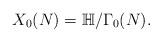
LaTeX: \begin{align*}X_0(N)={\Bbb H}/\Gamma_0(N).\end{align*}